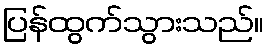
ပြန်ထွက်သွားသည်။